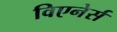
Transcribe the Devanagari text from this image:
विएनेर्स